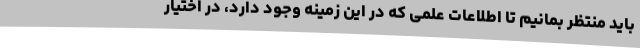
باید منتظر بمانیم تا اطلاعات علمی که در این زمینه وجود دارد، در اختیار